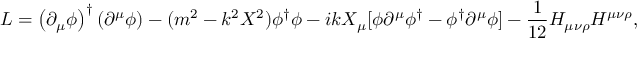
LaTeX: { \cal L } = \left( \partial _ { \mu } \phi \right) ^ { \dagger } \left( \partial ^ { \mu } \phi \right) - ( m ^ { 2 } - k ^ { 2 } X ^ { 2 } ) \phi ^ { \dagger } \phi - i k X _ { \mu } [ \phi \partial ^ { \mu } \phi ^ { \dagger } - \phi ^ { \dagger } \partial ^ { \mu } \phi ] - \frac { 1 } { 1 2 } H _ { \mu \nu \rho } H ^ { \mu \nu \rho } ,